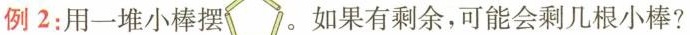
例2：用一堆小棒摆。如果有剩余，可能会剩几根小棒?